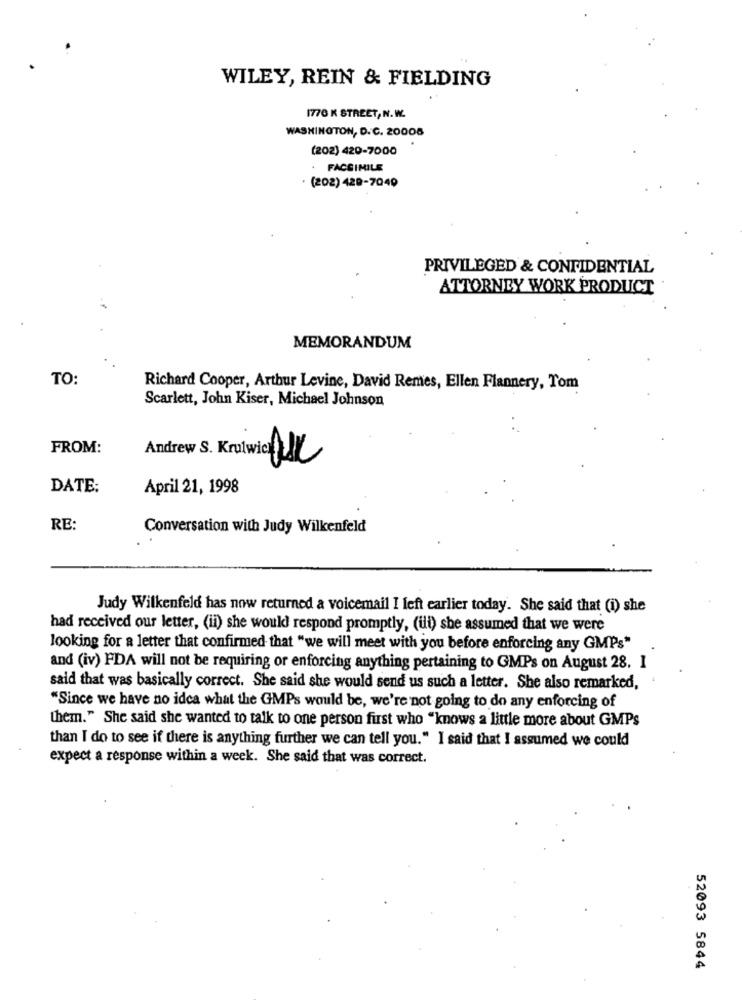
WILEY, REIN & FIELDING
1776 K STREET, N. W.
WASHINGTON, D. C. 20008
(202) 420-7000
FACSIMILE
. (202) 429-7040
PRIVILEGED & CONFIDENTIAL
ATTORNEY WORK PRODUCT
MEMORANDUM
TO:
Richard Cooper, Arthur Levine, David Remes, Ellen Flannery, Tom
Scarlett, John Kiser, Michael Johnson
FROM:
Andrew S. Krulwice UK
DATE:
April 21, 1998
RE:
Conversation with Judy Wilkenfeld
Judy Wilkenfeld has now returned a voicemail I left earlier today. She said that (i) she
had received our letter, (ii) she would respond promptly, (ii) she assumed that we were
looking for a letter that confirmed that "we will meet with you before enforcing any GMPs"
and (iv) FDA will not be requiring or enforcing anything pertaining to GMPs on August 28. I
said that was basically correct. She said she would send us such a letter. She also remarked,
"Since we have no idea what the GMPs would be, we're not going to do any enforcing of
them." She said she wanted to talk to one person first who "knows a little more about GMPs
than I do to see if there is anything further we can tell you." I said that I assumed we could
expect a response within a week. She said that was correct.
52093 5844